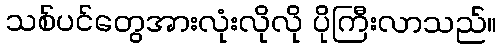
သစ်ပင်တွေအားလုံးလိုလို ပိုကြီးလာသည်။